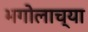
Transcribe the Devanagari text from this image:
भगोलाच्या